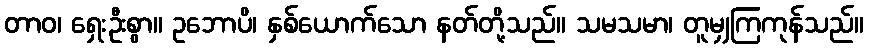
တာဝ၊ ရှေးဦးစွာ။ ဥဘောပိ၊ နှစ်ယောက်သော နတ်တို့သည်။ သမသမာ၊ တူမျှကြကုန်သည်။